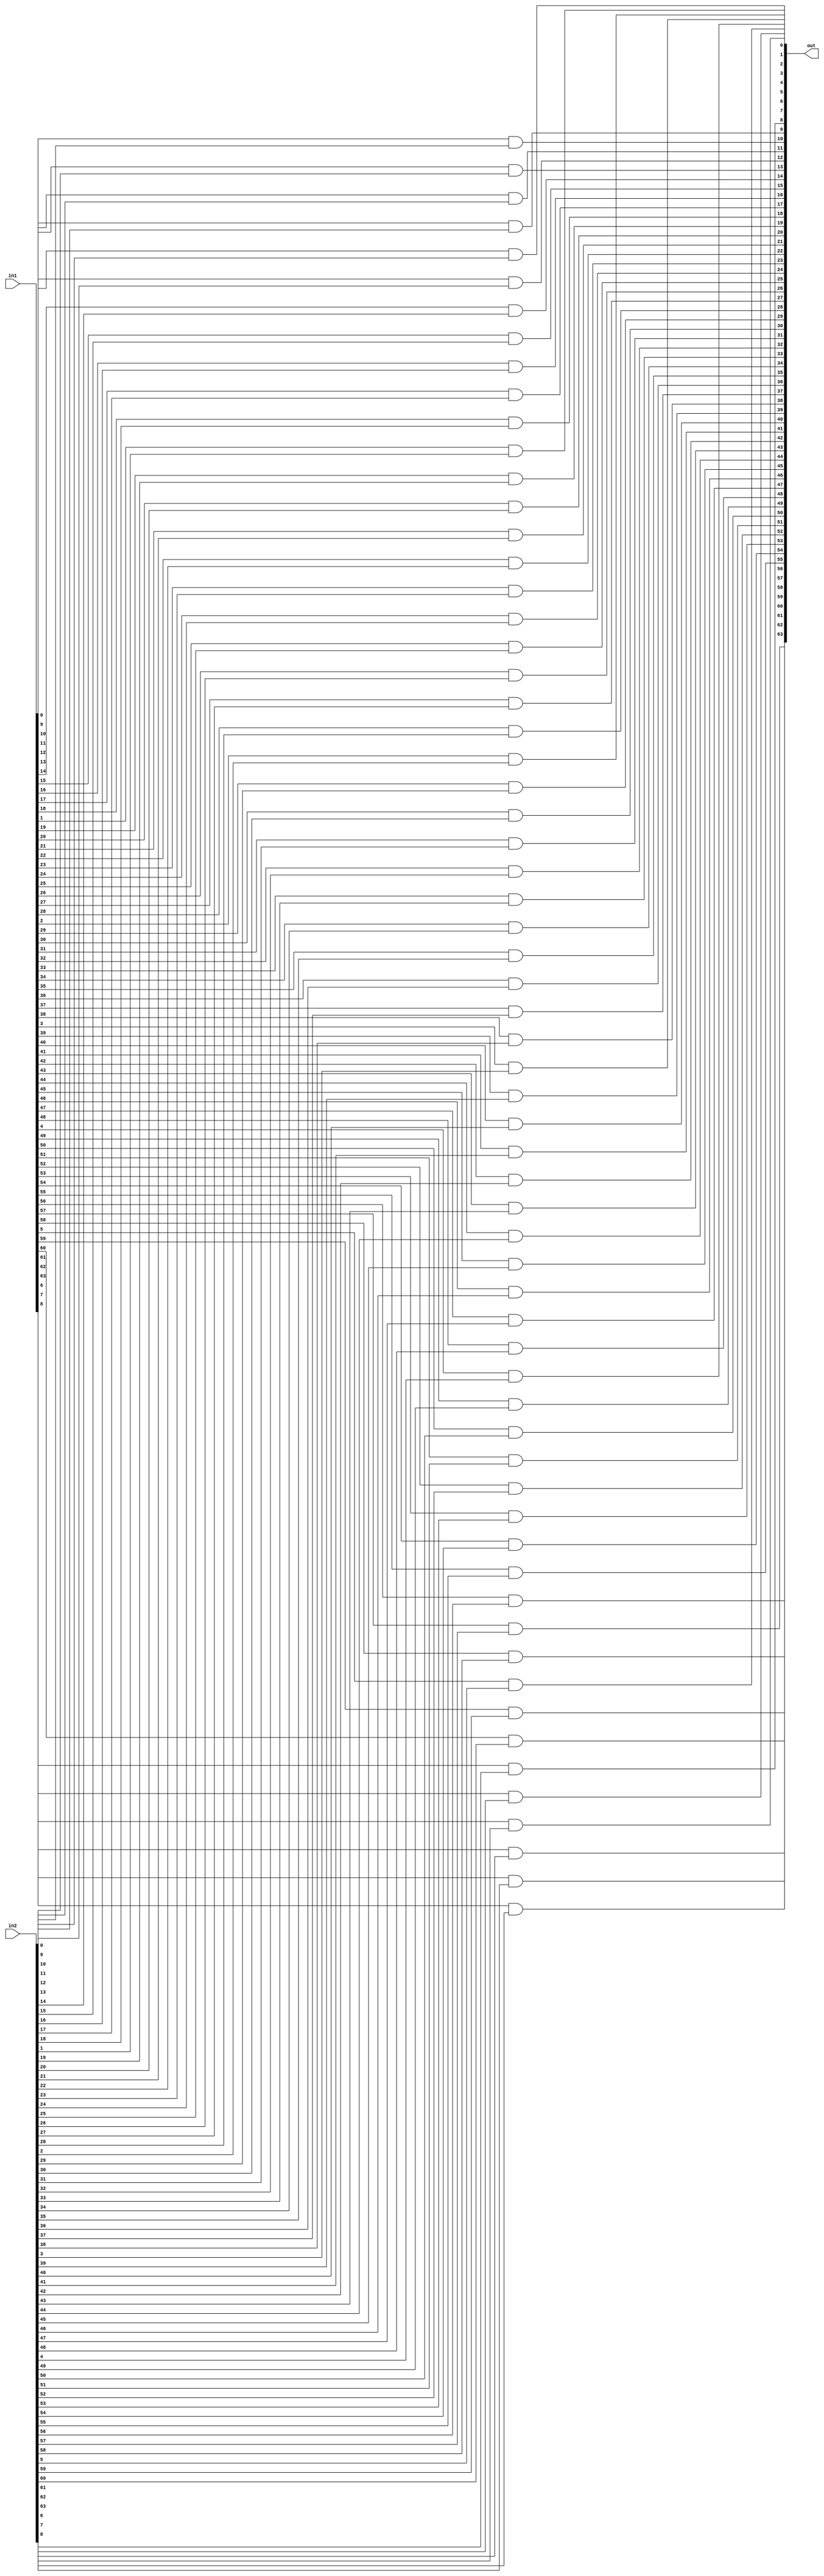
module and64bit (in1, in2, out);

	input  signed [63:0] in1;
	input  signed [63:0] in2;
	output signed [63:0] out;

	genvar i;
	generate
		for (i = 0; i < 64; i = i + 1) begin
			and x1 (out[i], in1[i], in2[i]);
		end
	endgenerate

endmodule